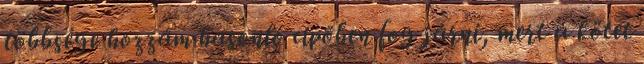
többsége hozzám hasonló cipőben fog járni, mert a kötet